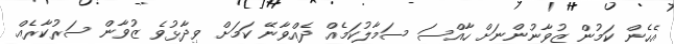
އެހެން ކަމުން ޒުވާނުންނަށް ހާއްސަ ސަމާލުކަމެއް ދެއްވާނޭ ކަމަށް ވިދާޅުވެ ޒުވާން ސަރުކާރެއް